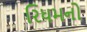
રિધમનો